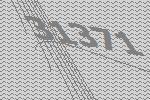
31371